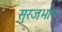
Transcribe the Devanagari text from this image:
सुरजभान